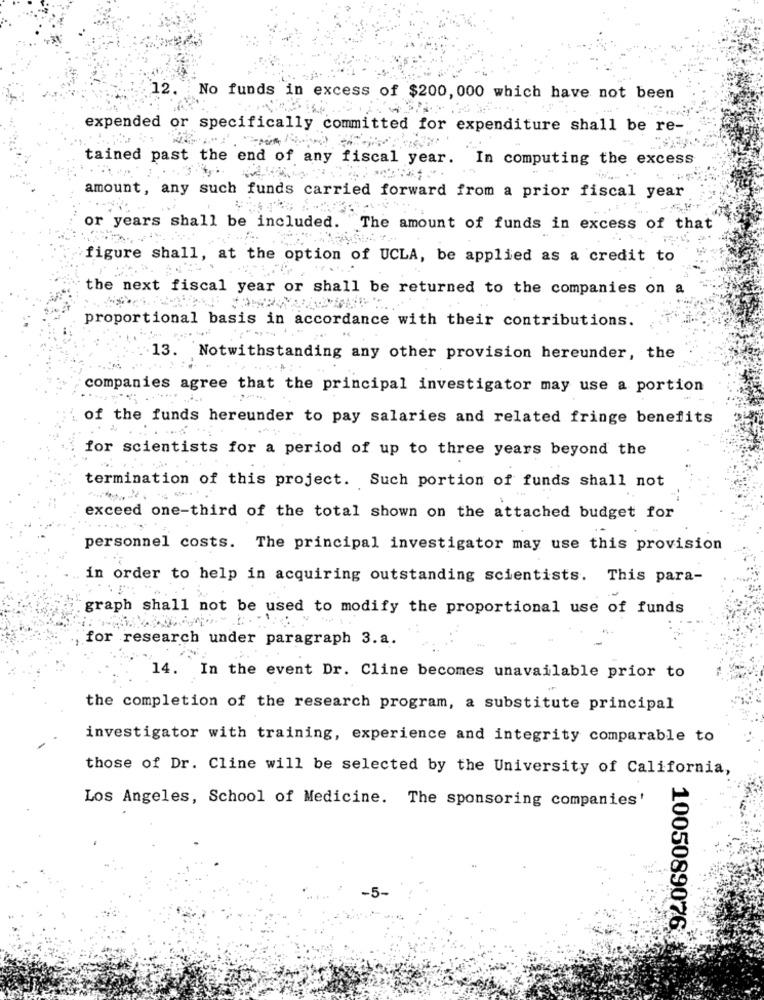
12.
No funds in excess of $200, 000 which have not been
expended or specifically committed for expenditure shall be re-
tained past the end of any fiscal year. In computing the excess
amount, any such funds carried forward from a prior fiscal year
or years shall be included. The amount of funds in excess of that
figure shall, at the option of UCLA, be applied as a credit to
the next fiscal year or shall be returned to the companies on a
proportional basis in accordance with their contributions.
13. Notwithstanding any other provision hereunder, the
companies agree that the principal investigator may use a portion
of the funds hereunder to pay salaries and related fringe benefits
for scientists for a period of up to three years beyond the
termination of this project. Such portion of funds shall not
exceed one-third of the total shown on the attached budget for
personnel costs. The principal investigator may use this provision
in order to help in acquiring outstanding scientists. This para-
graph shall not be used to modify the proportional use of funds
for research under paragraph 3.a.
14. In the event Dr. Cline becomes unavailable prior to
the completion of the research program, a substitute principal
investigator with training, experience and integrity comparable to
those of Dr. Cline will be selected by the University of California,
Los Angeles, School of Medicine. The sponsoring companies'
-5-
1005089076